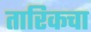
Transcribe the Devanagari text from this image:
तारिकचा